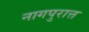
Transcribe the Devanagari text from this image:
नागपुरात्त